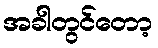
အခါတွင်တော့